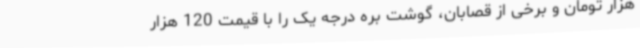
هزار تومان و برخی از قصابان، گوشت بره درجه یک را با قیمت 120 هزار